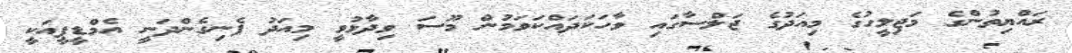
ރައްޔިތުންގެ މަޖިލީހުގެ މިއަދުގެ ޖަލްސާގައި ވާހަކަދައްކަވަމުން މޫސަ ވިދާޅުވީ މިއަދު ފެނިގެންދަނީ އެމްޑީޕީއަކީ